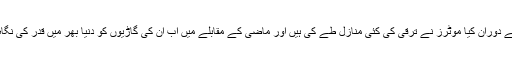
اس طویل عرصے کے دوران کِیا موٹرز نے ترقی کی کئی منازل طے کی ہیں اور ماضی کے مقابلے میں اب ان کی گاڑیوں کو دنیا بھر میں قدر کی نگاہ سے دیکھا جاتا ہے۔